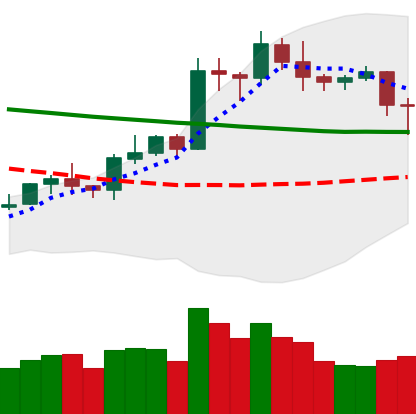
Ticker: LTC-USD
Chart end date: 2020-01-24
Forward return: 10.17%
Label: up_7plus